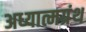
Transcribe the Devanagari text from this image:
अध्यात्मग्रंथ